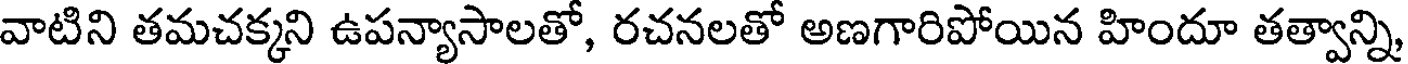
వాటిని తమచక్కని ఉపన్యాసాలతో, రచనలతో అణగారిపోయిన హిందూ తత్వాన్ని